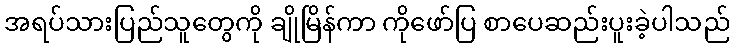
အရပ်သားပြည်သူတွေကို ချိုမြိန်ကာ ကိုဖော်ပြ စာပေဆည်းပူးခဲ့ပါသည်